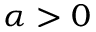
\alpha > 0